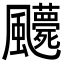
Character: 𩙛